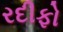
રદીફો